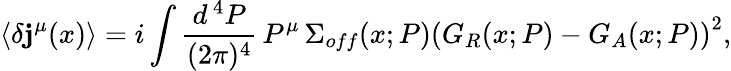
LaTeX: \langle\delta\mathbf{j}^{\mu}(x)\rangle=i\int\frac{{d^{\, 4}P}}{{(2\pi)^{4}}}\, P^{\mu}\, \Sigma_{off}(x;P)\left(G_{R}(x;P)-G_{A}(x;P)\right)^{2},